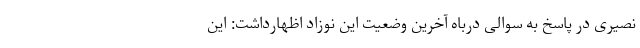
نصیری در پاسخ به سوالی درباه آخرین وضعیت این نوزاد اظهارداشت: این